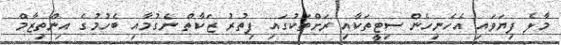
މާލެ ފިޔަވައި އެހެނިހެން ސިޓީތަކާއި ރަށްތަކުގައި ފިތުރު ޒަކާތް ނެގުމާއި ބެހުމުގެ އިންތިޒާމް